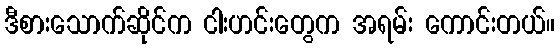
ဒီစားသောက်ဆိုင်က ငါးဟင်းတွေက အရမ်း ကောင်းတယ်။